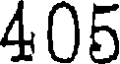
405